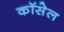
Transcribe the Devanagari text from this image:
कॉसेल